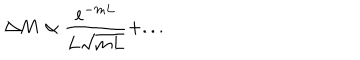
\Delta M \propto \frac { e ^ { - m L } } { L \sqrt { m L } } + . . .